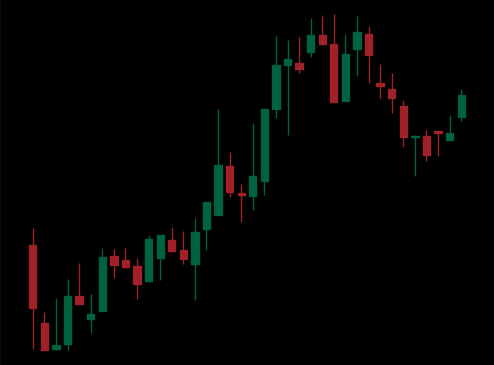
Pattern: bear_flag